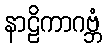
နာဠိကာဂဗ္ဘံ